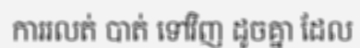
ការរលត់ បាត់ ទៅវិញ ដូចគ្នា ដែល